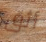
أثق